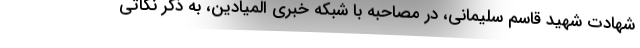
شهادت شهید قاسم سلیمانی، در مصاحبه با شبکه خبری المیادین، به ذکر نکاتی